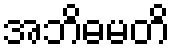
အဘိဓမတိ